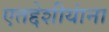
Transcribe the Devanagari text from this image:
एतद्देशीयांना